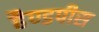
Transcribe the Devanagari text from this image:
हैण्डपीस